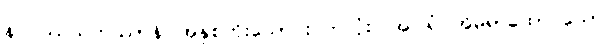
နဝဝဿသတဿာနိ၊ အနှစ်ကိုးသောင်းပတ်လုံး။ အဂါရံ၊ အိမ်ရာထောင်သော